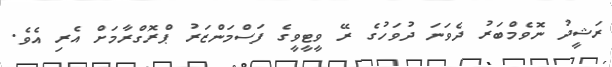
ރަޝީދު ނޮވެމްބަރު ދެވަނަ ދުވަހުގެ ރޭ ވީޓީވީގެ ފަސްމަންޒަރު ޕްރޮގްރާމަށް އެރި އެވެ.